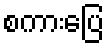
စကားပြေ